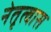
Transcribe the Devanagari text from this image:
नेतृत्वास